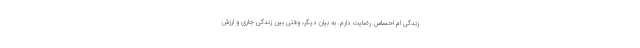
زندگی ام احساس رضایت دارم. به بیان دیگر، وقتی بین زندگی جاری و ارزش